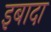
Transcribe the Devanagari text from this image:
इबादा